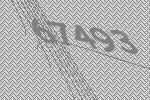
67493